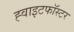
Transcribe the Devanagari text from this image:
ह्वाइटफॉस्टर